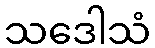
သဒေါသံ